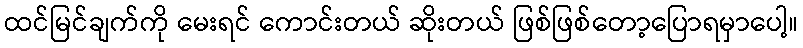
ထင်မြင်ချက်ကို မေးရင် ကောင်းတယ် ဆိုးတယ် ဖြစ်ဖြစ်တော့ပြောရမှာပေါ့။